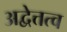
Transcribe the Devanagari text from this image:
अद्वेत्तत्व